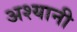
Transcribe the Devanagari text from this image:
अश्यानी